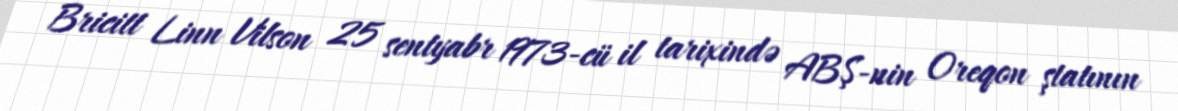
Bricitt Linn Vilson 25 sentyabr 1973-cü il tarixində ABŞ-nin Oreqon ştatının